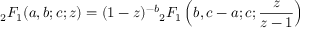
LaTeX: { } _ { 2 } F _ { 1 } ( a , b ; c ; z ) = ( 1 - z ) ^ { - b } { } _ { 2 } F _ { 1 } \left( b , c - a ; c ; { \frac { z } { z - 1 } } \right)